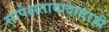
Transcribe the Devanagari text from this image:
सापेक्षतावादावरही